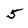
Character: 5